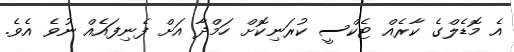
އެ މޮޑެލްގެ ކާރެއް ޓެކްސީ ކުރަނިކޮށް ހަމްދާ އަށް ފެނިފައެއް ނުވެ އެވެ.